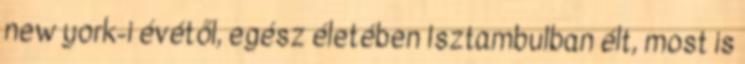
new york-i évétől, egész életében Isztambulban élt, most is